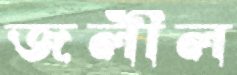
জলীল